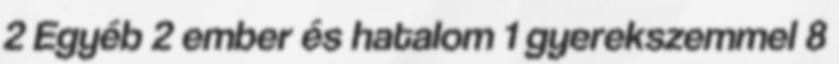
2 Egyéb 2 ember és hatalom 1 gyerekszemmel 8